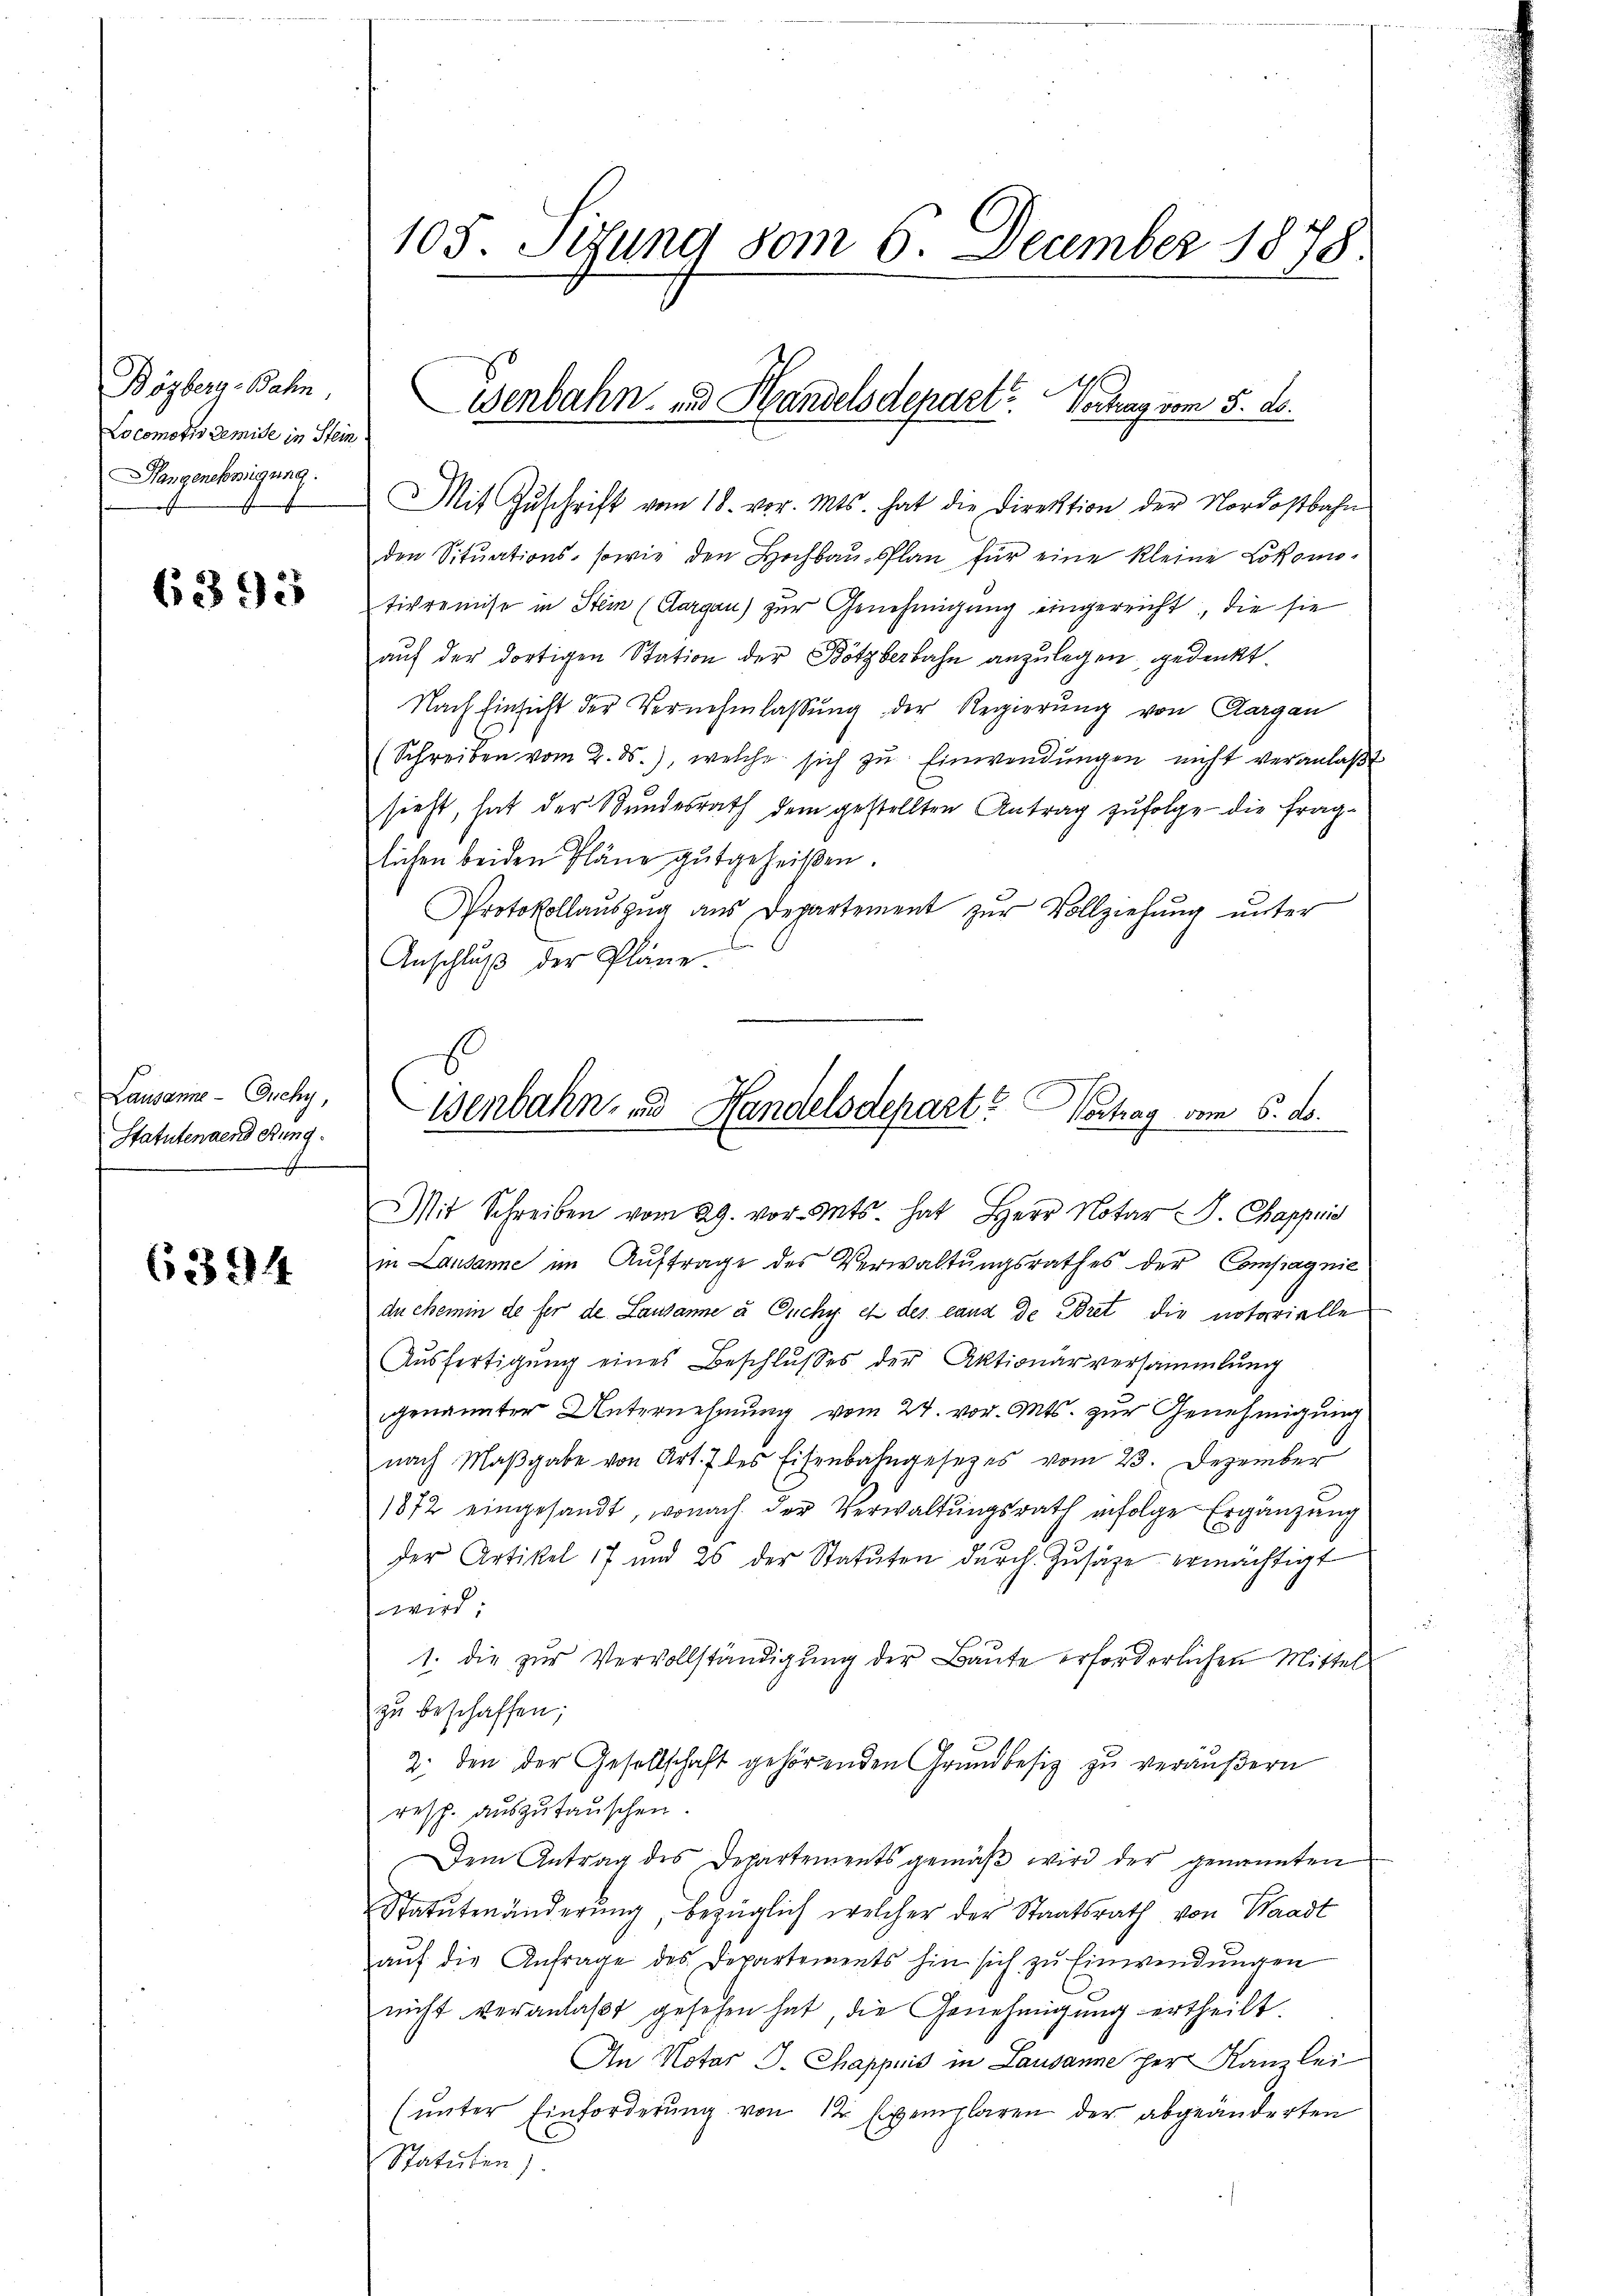
Bözberg-Bahn,
Locomotiv Remise in Stein
Rangerbringung.

6393

Lausanne - Duchy,
Statutendend etung.

6394

105. Sedung vom 6. December 1878.

Mit Zŭschrift vom 18. vor. Mts. hat die Direktion der Nordostbahn
den Sitŭations- sowie den Hochbaŭsplan für eine kleine Lokomo-
tivremise in Stein (Aargau) zur Genehmigung eingereicht, die sie
auf der dortigen Station der Bötzberbahn anzulegen gedenkt
Nach Einsicht der Vernehmlassung der Regierung von Aargau
(Schreiben vom 2. ds., welche sich zŭ Einwendŭngen nicht veranlaβt
sieht, hat der Bundesrath dem gestellten Antrag zufolge die fraglichen beiden Pläne gutgeheißen.
Protokollauszug aus Departement zŭr Vollziehŭng ŭnter
Anschluß der Pläne
Mit Schreiben vom 29. vor. Mts. hat Herr Notar J. Chappia
in Lausanne im Auftrage des Verwaltŭngsrathes der Compagnie
du chemin de fer de Lausanne u Ouchy et des ganz de Bret die notarielle
Aŭsfertigŭng eines Beschlŭsses der Aktionärversammlung
genannter Unternehmung vom 24. vor. Mts. zur Genehmigung
nach Maβgabe von Art. 7 des Eisenbahngesetzes vom 23. Dezember
1872 eingesandt, wonach der Verwaltungsrath infolge Ergänzung
der Artikel 17 und 26 der Statuten dŭrch Zusage ermächtigt
wird;
1. die zur Vervollständigung der Baute erforderlichen Mittel
zŭ beschaffen;
2. den der Gesellschaft gehörenden Grundbesiz zu veräußern
resp. auszutauschen.
Dem Antrag des Departements gemäβ wird der genannten
Statutenänderŭng, bezüglich welcher der Staatsrath von Waadt
auf die Anfrage des Departements hin sich zu Einwendungen
nicht veranlaßt gesehen hat, die Genehmigung ertheilt.
An Notar J. Chappuis in Lausanne per Kanzlei
(ŭnter Einforderŭng von 12 Exemplaren der abgeänderten
Statuten

Eisenbahn- und Handelsdepart? Vechag vom 5. ds.

isenbahn- und Handelsdepart? Vortrag vom 6. d.